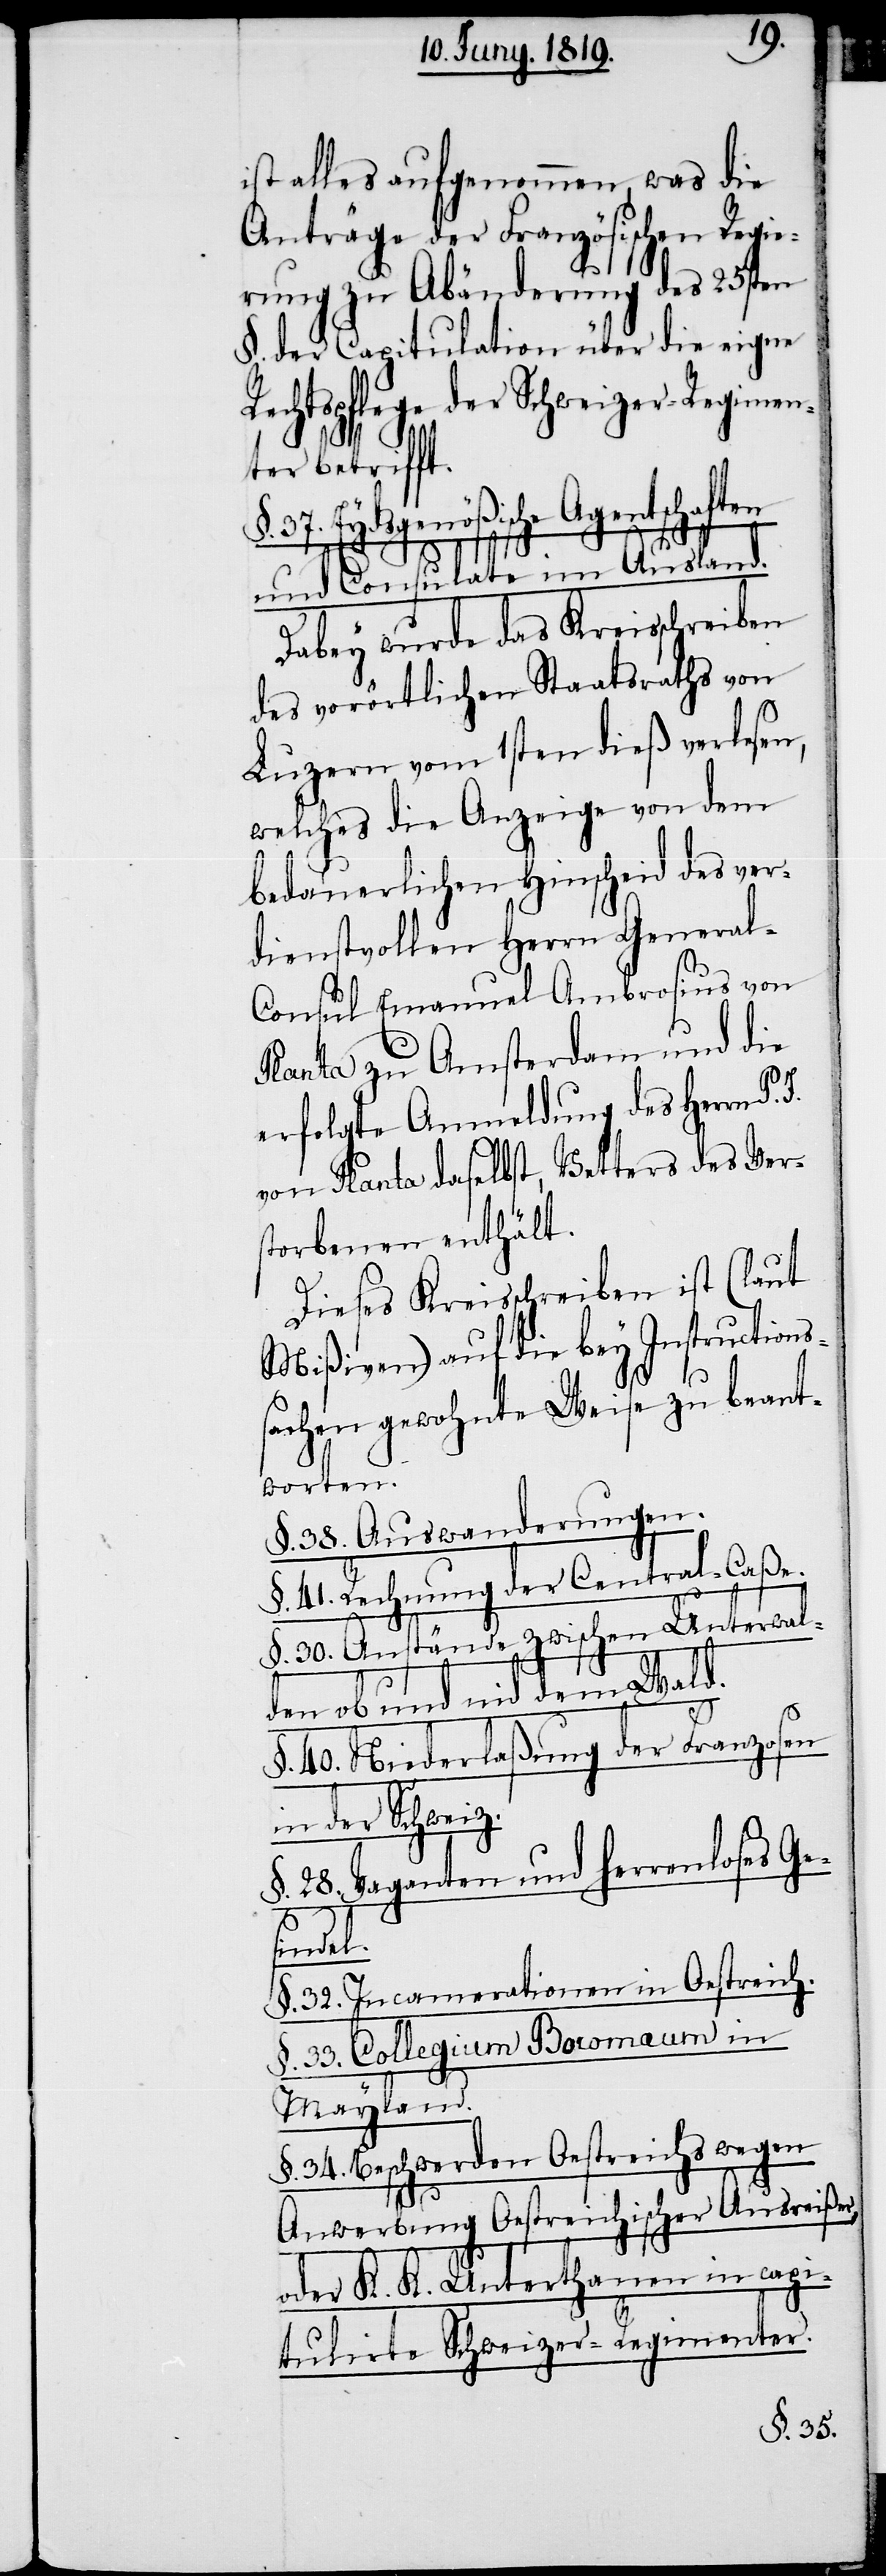
ist alles angenommen, was die
Anträge der Französischen Regie¬
rung zu Abänderung des 25sten
§. der Capitulation über die eigne
Rechtspflege der Schweizer-Regimen¬
ter betrifft.
§. 37. Eydsgenößische Agentschaften
und Consulate im Ausland.
Dabey wurde das Kreisschreiben
des vorörtlichen Staatsraths von
Luzern vom 1sten dieß verlesen,
welches die Anzeige von dem
bedauerlichen Hinscheid des ver¬
dienstvollen Herrn Genera¬
l-Consul Emanuel Ambrosius von
Planta zu Amsterdam und die
erfolgte Anmeldung des Herrn P.
von Planta daselbst, Vetters des Ver¬
storbenen enthält.
Dieses Kreisschreiben ist (laut
Mißiven) auf die bey Instructions¬
sachen gewohnte Weise zu beant¬
worten.
§. 38. Auswanderungen.
§. 41. Rechnung der Central-Caße.
§. 30. Anstände zwischen Unterwal¬
den ob und nid dem Wald.
§. 40. Niederlaßung der Franzosen
in der Schweiz.
§. 28. Vaganten und herrenloses Ge¬
sindel.
§. 32. Incamerationen in Oestreich.
§. 33. Collegium Boromaum in
Mayland.
§. 34. Beschwerden Oestreichs wegen
Anwerbung Oestreichischer Ausreißer,
oder K K Unterthanen
capitulirte Schweizer-Regimenter.